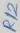
Text: R12